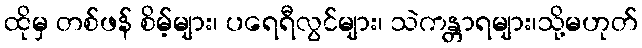
ထိုမှ တစ်ဖန် စိမ့်များ၊ ပရေရီလွင်များ၊ သဲကန္တာရများ၊သို့မဟုတ်